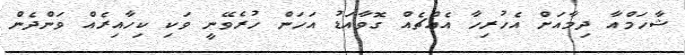
ޝާހަމްއާ ދިމާއަށް އެހުރިހާ އެއްޗެއް ގޮވާއަޑު އަހަން ހުރެވޭނީ ވަކި ކިހާއިރެއް ވަންދެން